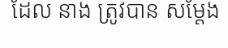
ដែល នាង ត្រូវបាន សម្តែង